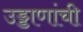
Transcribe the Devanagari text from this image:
उड्डाणांची